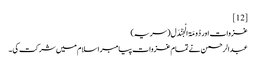
[12]
غزوات اور دُومَۃ الْجَنْدَل( سریہ)‏
عبدالرحمن نے تمام غزوات پیامبر اسلام میں شرکت کی ۔